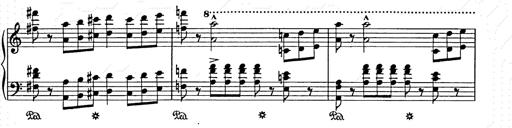
Title: Weihnachtsbaum
Composer: Franz Liszt